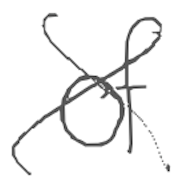
Text: of
Cross-out: cross
Writing tool: digital_gray